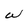
Character: W